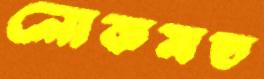
লোকমত